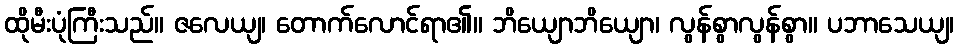
ထိုမီးပုံကြီးသည်။ ဇလေယျ၊ တောက်လောင်ရာ၏။ ဘိယျောဘိယျော၊ လွန်စွာလွန်စွာ။ ပဘာသေယျ၊